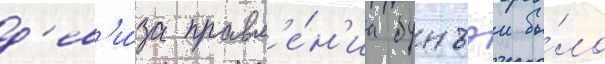
д'ев'и́за правл'е́н'иа бунъэи бы́ло